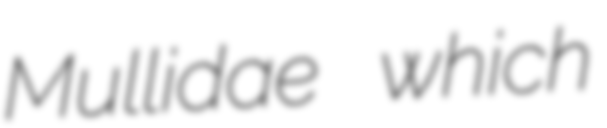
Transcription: Mullidae which